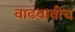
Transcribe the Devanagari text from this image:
वाढवावीच